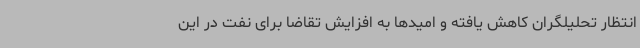
انتظار تحلیلگران کاهش یافته و امیدها به افزایش تقاضا برای نفت در این